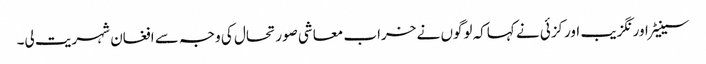
سینیٹر اور نگزیب اورکزئی نے کہاکہ لوگوں نے خراب معاشی صورتحال کی وجہ سے افغان شہریت لی۔